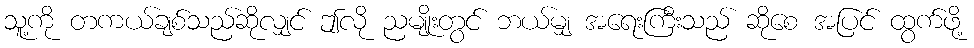
သူ့ကို တကယ်ချစ်သည်ဆိုလျှင် ဤလို ညမျိုးတွင် ဘယ်မျှ အရေးကြီးသည် ဆိုစေ အပြင် ထွက်ဖို့